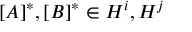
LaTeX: [ A ] ^ { * } , [ B ] ^ { * } \in H ^ { i } , H ^ { j }